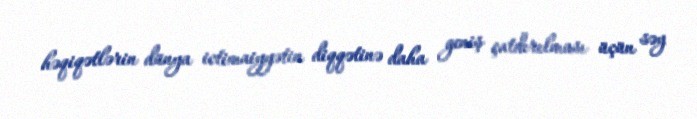
həqiqətlərin dünya ictimaiyyətin diqqətinə daha geniş çatdırılması üçün səy